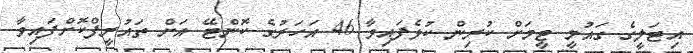
އިޓަލީގެ ގައުމީ ޓީމަށް ކުރިން ކުޅެފައިވާ 46 އަހަރުގެ ކޮންޓޭ އަށް ތައުރީފްކޮށްފައިވާ